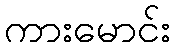
ကားမောင်း